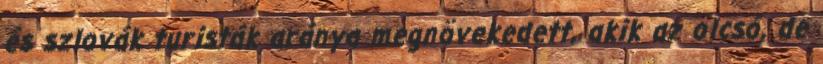
és szlovák turisták aránya megnövekedett, akik az olcsó, de